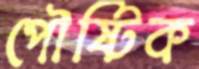
পৌষ্টিক